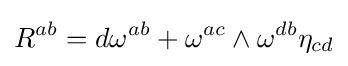
R^{ab}=d\omega ^{ab}+\omega ^{ac}\wedge \omega ^{db}\eta _{cd}